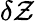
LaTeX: \delta\mathcal{Z}